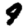
Digit: 9